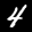
Label: 4